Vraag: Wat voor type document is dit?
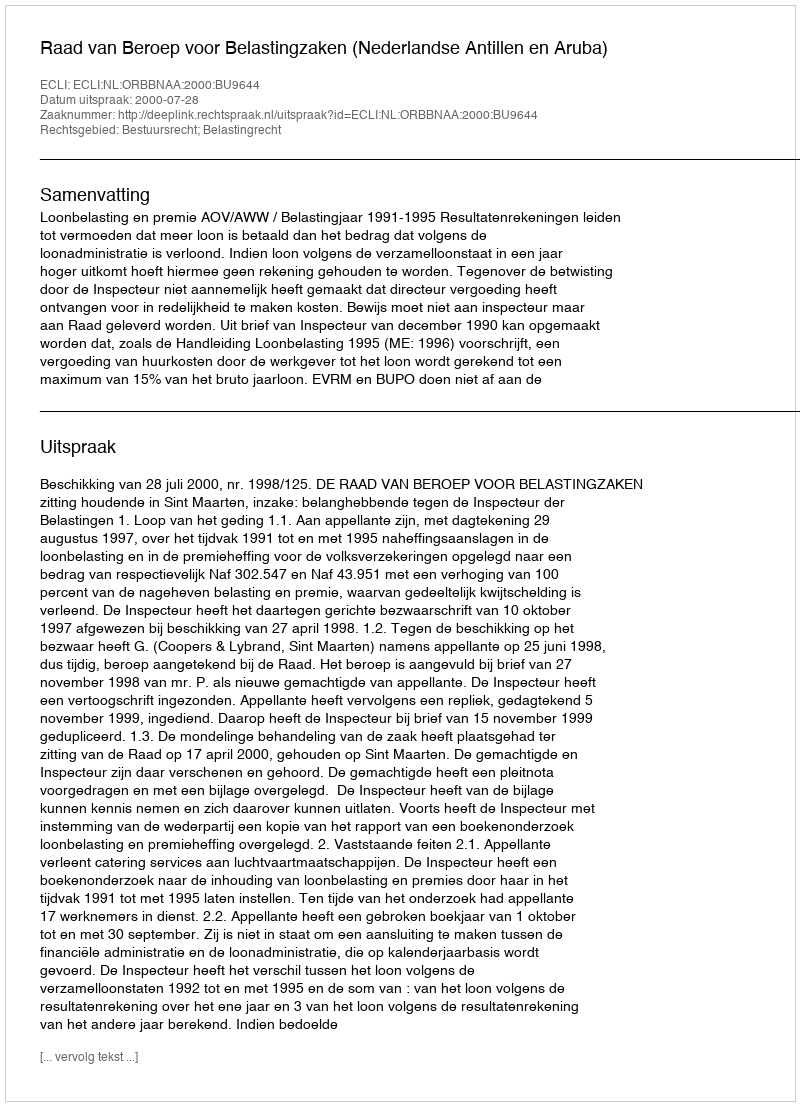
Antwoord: Uitspraak